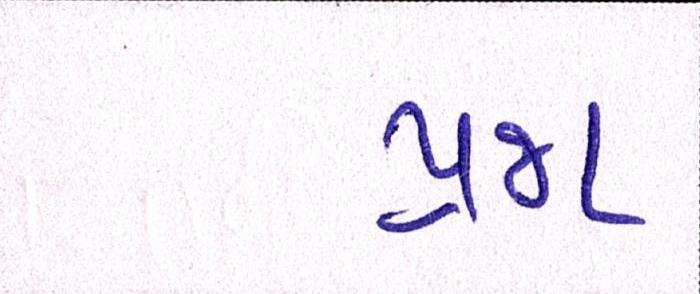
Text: પ્રજા